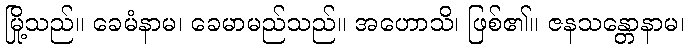
မြို့သည်။ ခေမံနာမ၊ ခေမာမည်သည်။ အဟောသိ၊ ဖြစ်၏။ ဇနသန္တောနာမ၊